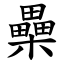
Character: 櫐